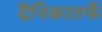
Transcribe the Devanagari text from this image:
दैनिकातर्फे